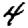
Digit: 4